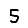
Digit: 5